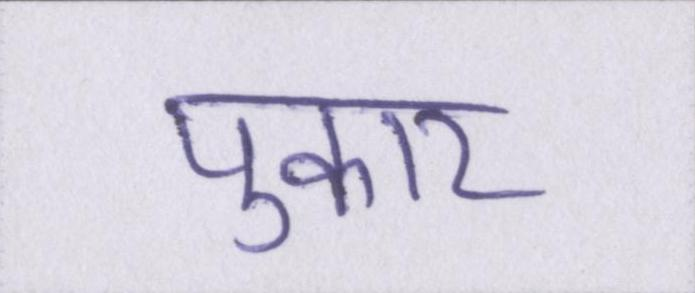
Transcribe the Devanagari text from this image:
पुकार